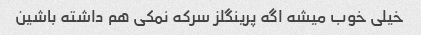
خیلی خوب میشه اگه پرینگلز سرکه نمکی هم داشته باشین